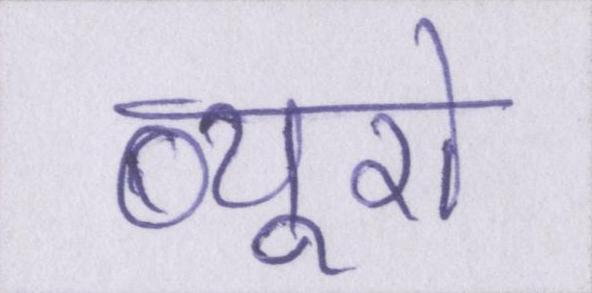
ब्यूरो